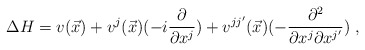
\begin{align*}\Delta H = v (\vec x) + v^j (\vec x)(-i\frac{\partial}{\partial x^j}) + v^{jj'} (\vec x)( -\frac{\partial^2}{\partial x^j \partial x^{j'}}) \;,\end{align*}